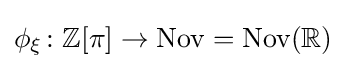
\phi _{\xi }\colon \mathbb {Z} [\pi ]\to \operatorname {Nov} =\operatorname {Nov} (\mathbb {R} )